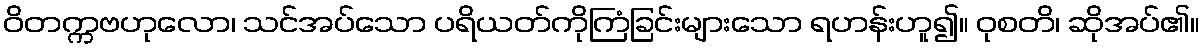
ဝိတက္ကဗဟုလော၊ သင်အပ်သော ပရိယတ်ကိုကြံခြင်းများသော ရဟန်းဟူ၍။ ဝုစတိ၊ ဆိုအပ်၏။